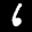
Label: 6